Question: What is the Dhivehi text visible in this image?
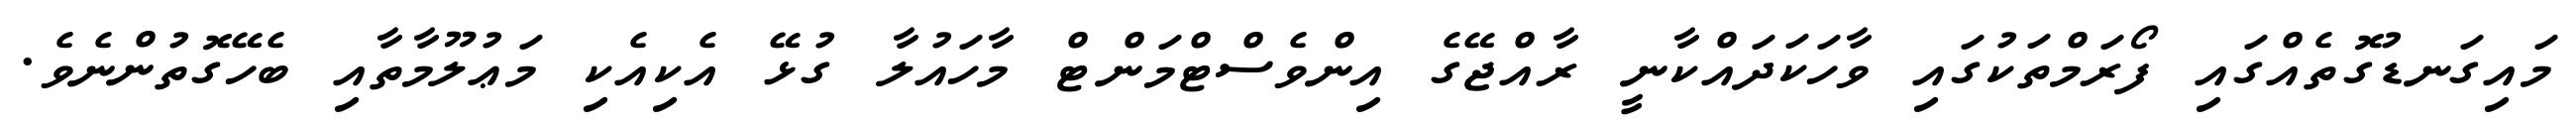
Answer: މައިގަނޑުގޮތެއްގައި ފޯރަމްތަކުގައި ވާހަކަދައްކާނީ ރާއްޖޭގެ އިންވެސްޓްމަންޓް މާހައުލާ ގުޅޭ އެކިއެކި މަޢުލޫމާތާއި ބެހޭގޮތުންނެވެ.